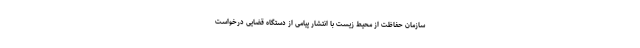
سازمان حفاظت از محیط زیست با انتشار پیامی از دستگاه قضایی درخواست